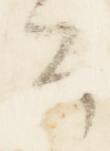
卿